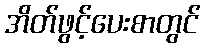
အိတ်ဖွင့်ပေးစာတွင်